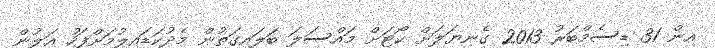
އިން 31 ޑިސެމްބަރު 2013 ގެނިޔަލަށް ކޯޓަށް މައްސަލަ ބަލައިގަތުން މެދުކަޑައިލުމަށްފަހު އަލުން